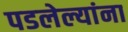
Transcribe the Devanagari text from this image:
पडलेल्यांना